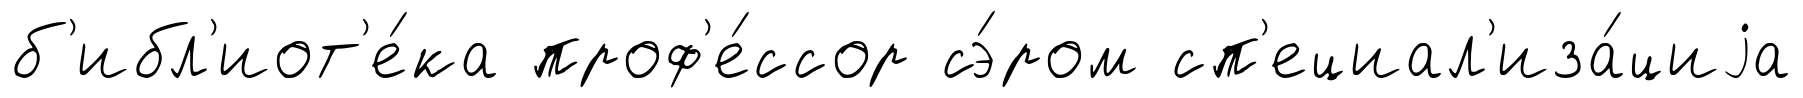
б'ибл'иот'е́ка проф'е́ссор сэ́ром сп'ециал'иза́циjа